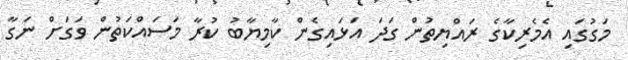
މަގުގައި އެމެރިކާގެ ރައްޔިތުން ގަދަ އަޅައިގެން ކާމިޔާބު ކުރާ މަސައްކަތުން ވަގަށް ނަގާ